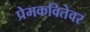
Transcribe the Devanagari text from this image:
प्रेमकवितेवर